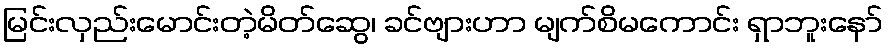
မြင်းလှည်းမောင်းတဲ့မိတ်ဆွေ၊ ခင်ဗျားဟာ မျက်စိမကောင်း ရှာဘူးနော်